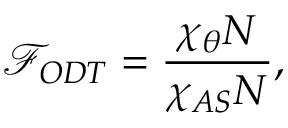
\mathcal { F } _ { O D T } = \frac { \chi _ { \theta } N } { \chi _ { A S } N } ,